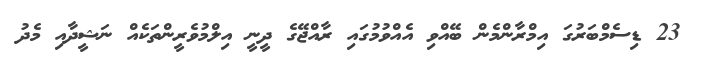
23 ޑިސެމްބަރުގަ އިމްރާންމެން ބޭއްވި އެއްވުމުގައި ރާއްޖޭގެ ދީނީ އިލްމުވެރީންތަކެއް ނަޝީދާއި މެދު